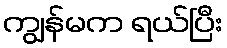
ကျွန်မက ရယ်ပြီး